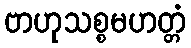
ဗာဟုသစ္စမဟတ္တံ